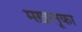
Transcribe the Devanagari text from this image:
मख़लूका